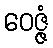
ဝေဇ္ဇံ